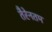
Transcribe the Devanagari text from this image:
तैरेनतम